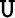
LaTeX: \boldsymbol{\mathtt{U}}